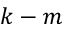
k - m